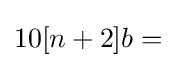
10[n+2]b={}